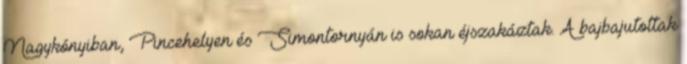
Nagykónyiban, Pincehelyen és Simontornyán is sokan éjszakáztak. A bajbajutottak